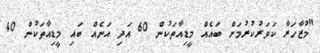
"މުޒާހަރާ ކަވަރުކުރުމަށް ބައެއް މީޑިއާތަކުން 60 އަދި އަނެއް ބައި މީޑިއާތަކުން 40